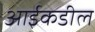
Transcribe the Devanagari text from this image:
आईकडील